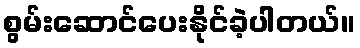
စွမ်းဆောင်ပေးနိုင်ခဲ့ပါတယ်။